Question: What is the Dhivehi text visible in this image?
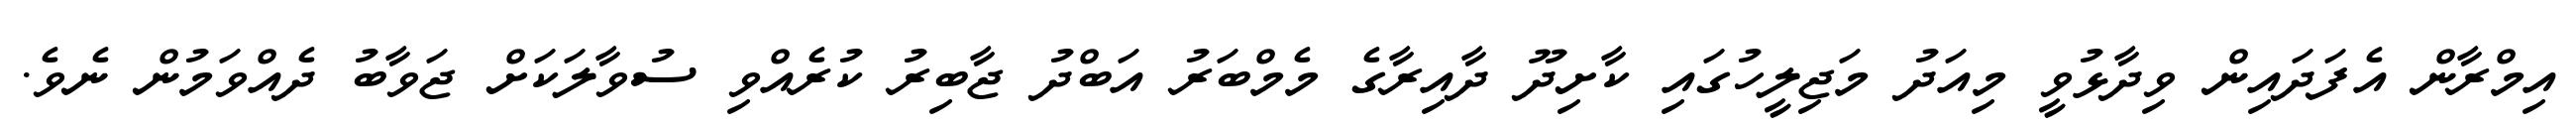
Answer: އިމްރާން އެފަދައިން ވިދާޅުވީ މިއަދު މަޖިލީހުގައި ކާށިދޫ ދާއިރާގެ މެމްބަރު އަބްދު ޖާބިރު ކުރެއްވި ސުވާލަކަށް ޖަވާބު ދެއްވަމުން ނެވެ.